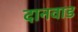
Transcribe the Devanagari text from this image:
दानवाड